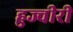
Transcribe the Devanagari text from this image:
हुज्वीरी